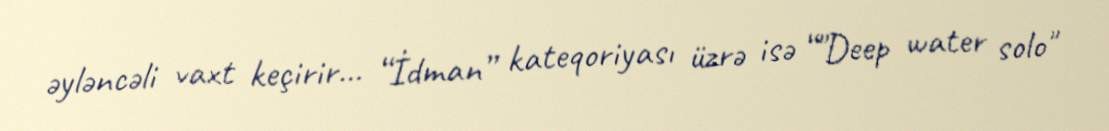
əyləncəli vaxt keçirir... “İdman” kateqoriyası üzrə isə “"Deep water solo"